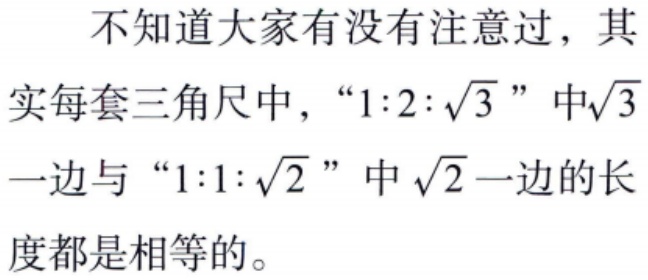
不知道大家有没有注意过，其
实每套三角尺中，“\(1:2:\sqrt{3}\)”中\(\sqrt{3}\)
一边与“\(1:1:\sqrt{2}\)”中\(\sqrt{2}\)一边的长
度都是相等的。